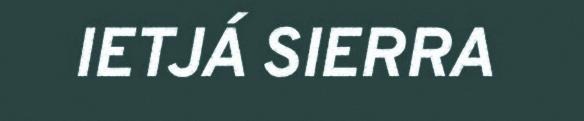
IETJÁ SIERRA